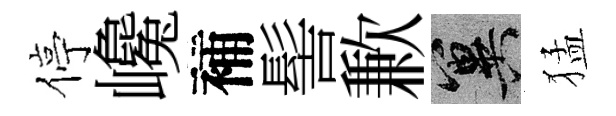
停巉補髻歉冀猛